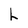
Character: h